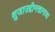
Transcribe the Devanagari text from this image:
शुजाउद्दीनखानाचा